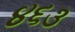
૪૬૩